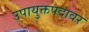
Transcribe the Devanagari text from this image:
उपायुक्तपदावर